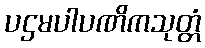
ပဌမပါပဏိကသုတ္တံ